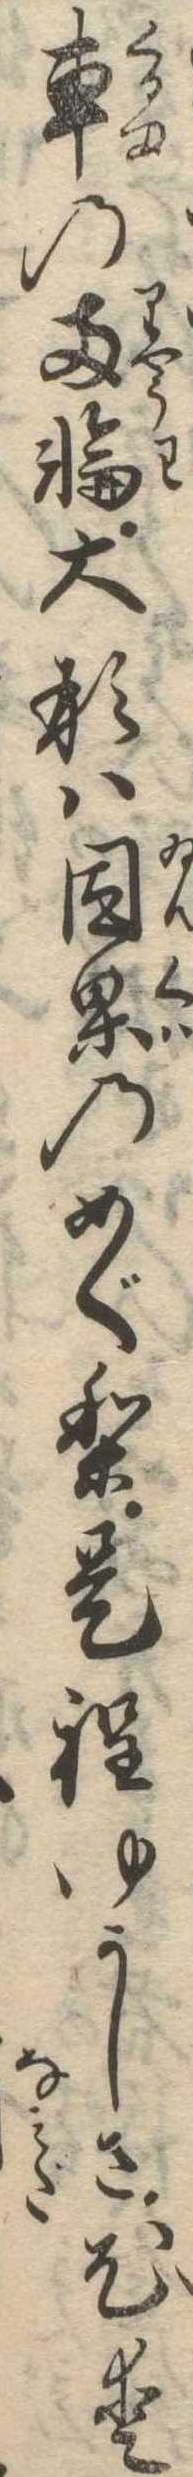
車の両輪大形は因果のめぐり是程ゆかしさ尤愛